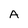
Character: A